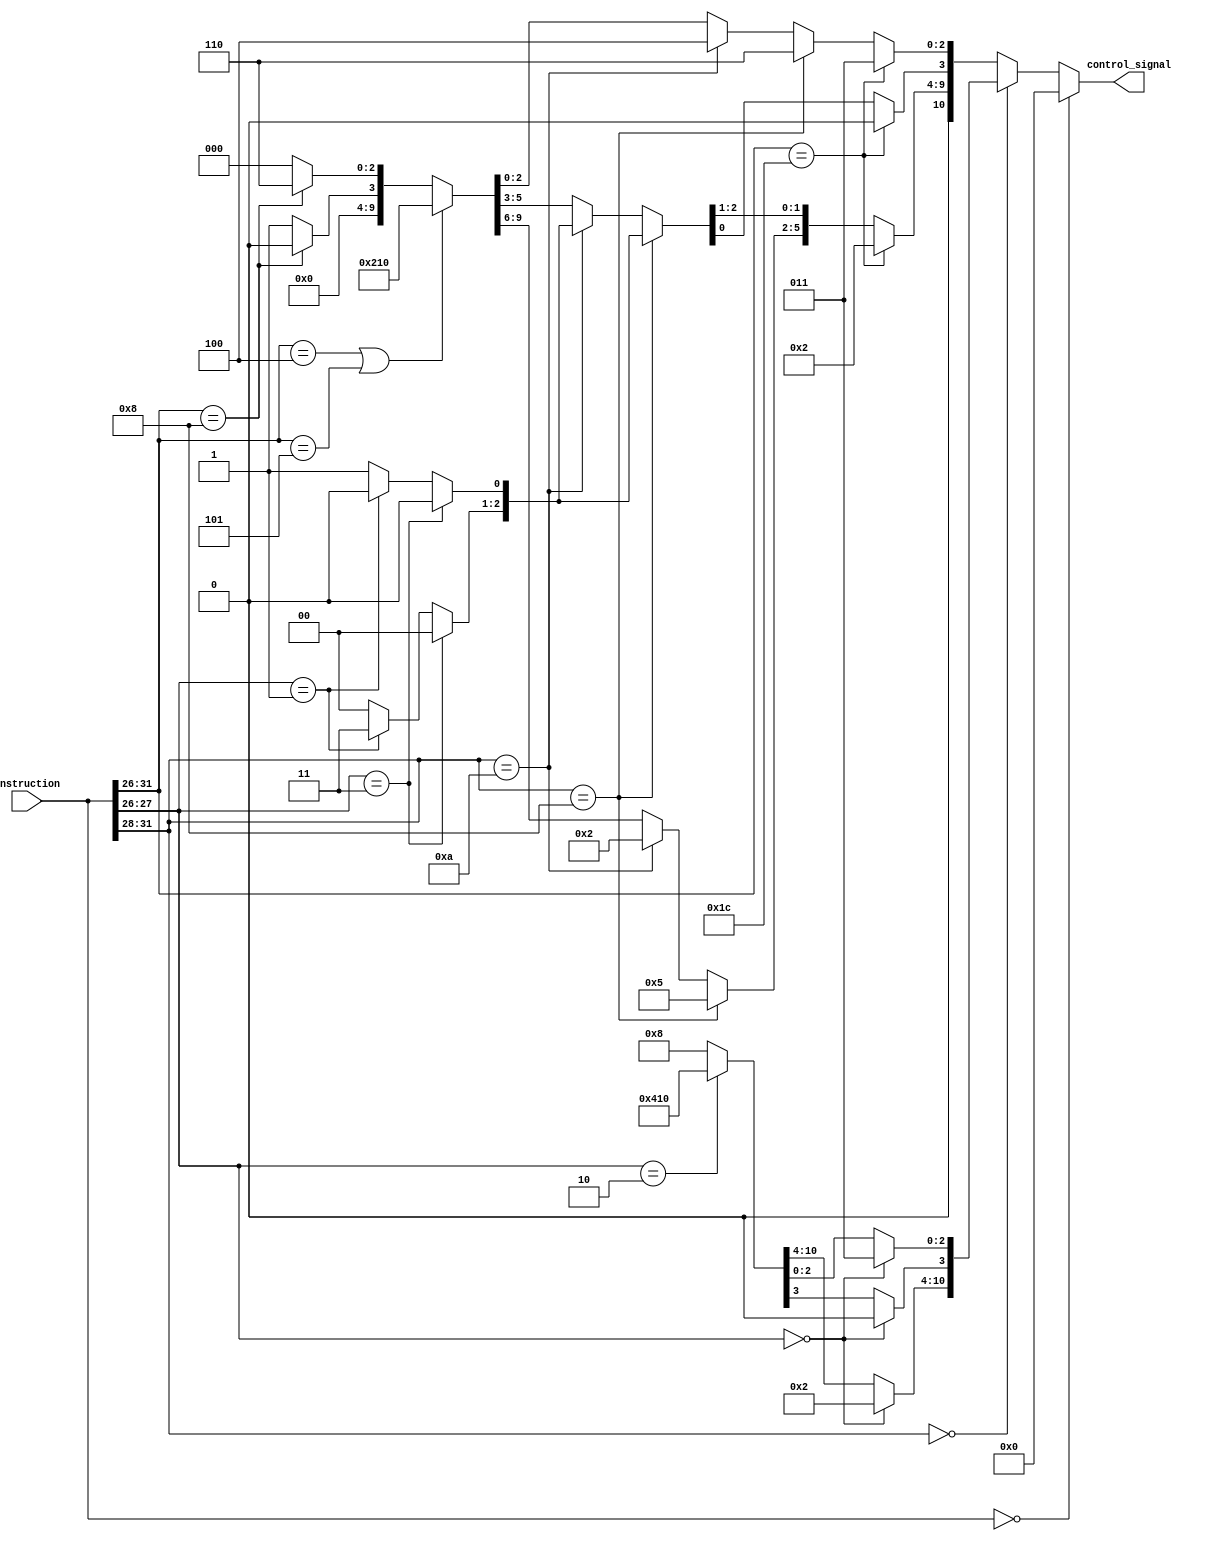
`timescale 1ns / 1ps
//////////////////////////////////////////////////////////////////////////////////
// Company: 
// Engineer: 
// 
// Design Name: 
// Module Name: control
// Project Name: 
// Target Devices: 
// Tool Versions: 
// Description: 
// 
// Dependencies: 
// 
// Revision:
// Revision 0.01 - File Created
// Additional Comments:
// 
//////////////////////////////////////////////////////////////////////////////////


module control(
    input      [31 :0] instruction, 
    output reg [10:0]  control_signal
);
    wire [5:0] opcode;
    assign opcode = instruction[31:26];

    always@(*)
    begin
        if (!instruction)
            control_signal = 11'b000_000_000_00;

        else if(!opcode[5:2])
        begin
            if(!opcode[1:0]) // R-format
            begin
                control_signal[10:4] = 7'b0000010;
                control_signal[2:0] = 3'b011;
                control_signal[3]   = 0;
            end
            else if(opcode[1:0] == 2) // Jump
                control_signal[10:0] = 11'b10000010000;
            else
                control_signal[10:0] = 11'b00000001000;
        end

        else if (opcode == 6'h1c) //mul
        begin
            control_signal[10:4] = 7'b0000010;
            control_signal[2:0] = 3'b011;
            control_signal[3]   = 0;
        end

        else if(opcode[5:2]==4'b1000)// Load
        begin
            control_signal[10:6] = 7'b00101;
            control_signal[2:0] = 3'b110;
            if(opcode[1:0]==2'b11) // word
            begin
                control_signal[5:4] = 2'b00;
                control_signal[3] = 0;
            end
            else if(opcode[1:0]==2'b01) //half
            begin
                control_signal[5:4] = 2'b11;
                control_signal[3] = 0;
            end
            else
            begin
                control_signal[5:4] = 2'b00;
                control_signal[3] = 1;
            end
        end

        else if(opcode[5:2]==4'b1010)// store
        begin
            control_signal[10:6] = 7'b00010;
            control_signal[2:0] = 3'b100;
            if(opcode[1:0]==2'b11)//word
            begin
                control_signal[5:4] = 2'b00;
                control_signal[3] = 0;
            end
            else if(opcode[1:0]==2'b01)//half
            begin
                control_signal[5:4] = 2'b11;
                control_signal[3] = 0;
            end
            else
            begin
                control_signal[5:4] = 2'b00;
                control_signal[3] = 1;
            end
        end

        else if(opcode==6'h4 || opcode == 6'h5) // beq and bne
            control_signal[10:0] = 11'b01000010000;
            
        else if(opcode==6'b001000) // addi
            begin
            control_signal[10: 4] = 7'b0000000; //th xem 5:4 l 00 xem c c php cng khng
            control_signal[2:0] = 3'b110;
            control_signal[3] = 0;
            end
        else
            control_signal[10:0] = 11'b00000001000;
    end
    // assign IsAddi = (opcode==6'b001000);
endmodule